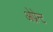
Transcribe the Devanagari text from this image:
ओप्रेन्ट